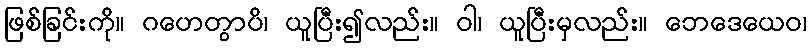
ဖြစ်ခြင်းကို။ ဂဟေတွာပိ၊ ယူပြီး၍လည်း။ ဝါ၊ ယူပြီးမှလည်း။ ဘေဒေယေဝ၊